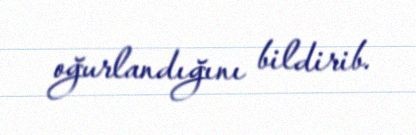
oğurlandığını bildirib.